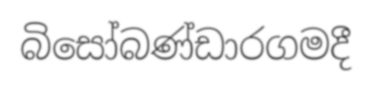
බිසෝබණ්ඩාරගමදී